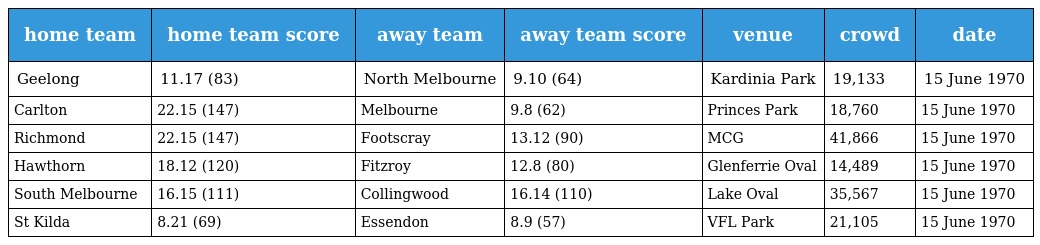
| home team | home team score | away team | away team score | venue | crowd | date |
 | --- | --- | --- | --- | --- | --- | --- |
 | Geelong | 11.17 (83) | North Melbourne | 9.10 (64) | Kardinia Park | 19,133 | 15 June 1970 |
 | Carlton | 22.15 (147) | Melbourne | 9.8 (62) | Princes Park | 18,760 | 15 June 1970 |
 | Richmond | 22.15 (147) | Footscray | 13.12 (90) | MCG | 41,866 | 15 June 1970 |
 | Hawthorn | 18.12 (120) | Fitzroy | 12.8 (80) | Glenferrie Oval | 14,489 | 15 June 1970 |
 | South Melbourne | 16.15 (111) | Collingwood | 16.14 (110) | Lake Oval | 35,567 | 15 June 1970 |
 | St Kilda | 8.21 (69) | Essendon | 8.9 (57) | VFL Park | 21,105 | 15 June 1970 |